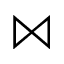
\Join